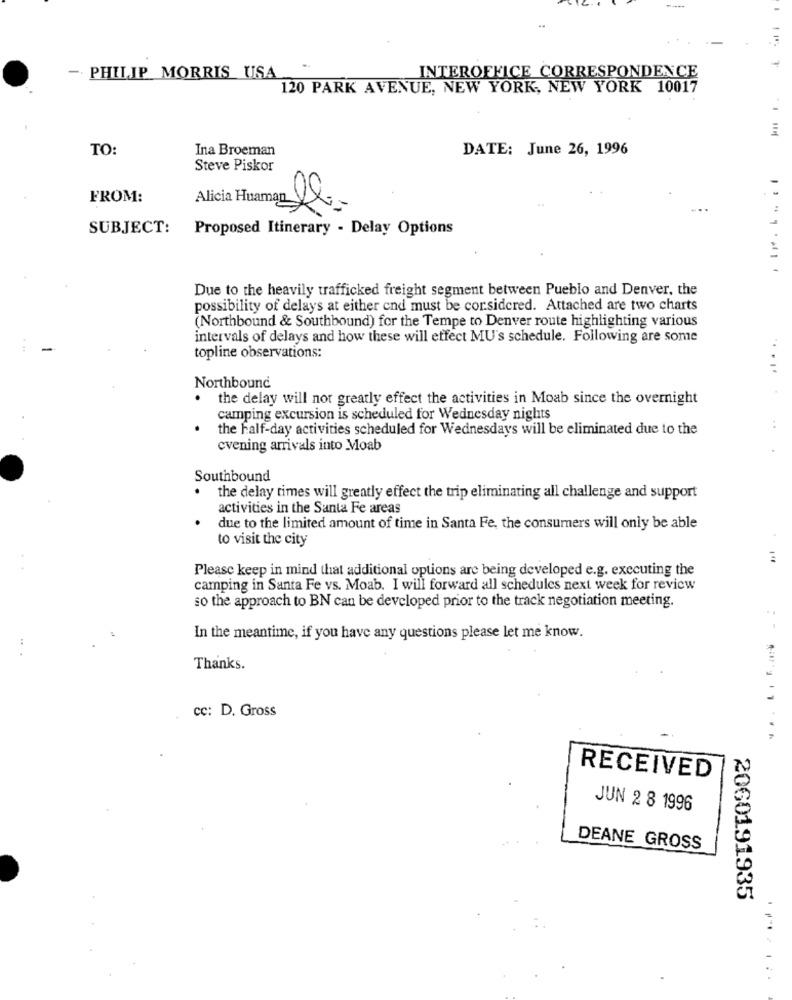
- PHILIP MORRIS USA
INTEROFFICE CORRESPONDENCE
120 PARK AVENUE, NEW YORK, NEW YORK 10017
TO:
Ina Broeman
DATE: June 26, 1996
Steve Piskor
FROM:
Alicia Huaman 1
SUBJECT:
Proposed Itinerary - Delay Options
Due to the heavily trafficked freight segment between Pueblo and Denver, the
possibility of delays at either cnd must be corsidered. Attached are two charts
(Northbound & Southbound) for the Tempe to Denver route highlighting various
intervals of delays and how these will effect MU's schedule. Following are some
...
topline observations:
Northbound
the delay will not greatly effect the activities in Moab since the overnight
camping excursion is scheduled for Wednesday nights
the Falf-day activities scheduled for Wednesday's will be eliminated due to the
evening arrivals into Moab
Southbound
. the delay times will greatly effect the trip eliminating all challenge and support
activities in the Santa Fe areas
due to the limited amount of time in Santa Fe, the consumers will only be able
to visit the city
Please keep in mind that additional options are being developed e.g. executing the
camping in Santa Fe vs. Moab. I will forward all schedules next week for review
so the approach to BN can be developed prior to the track negotiation meeting.
In the meantime, if you have any questions please let me know.
.. .
Thanks.
cc: D. Gross
RECEIVED
JUN 2 8 1996
DEANE GROSS
2060191935